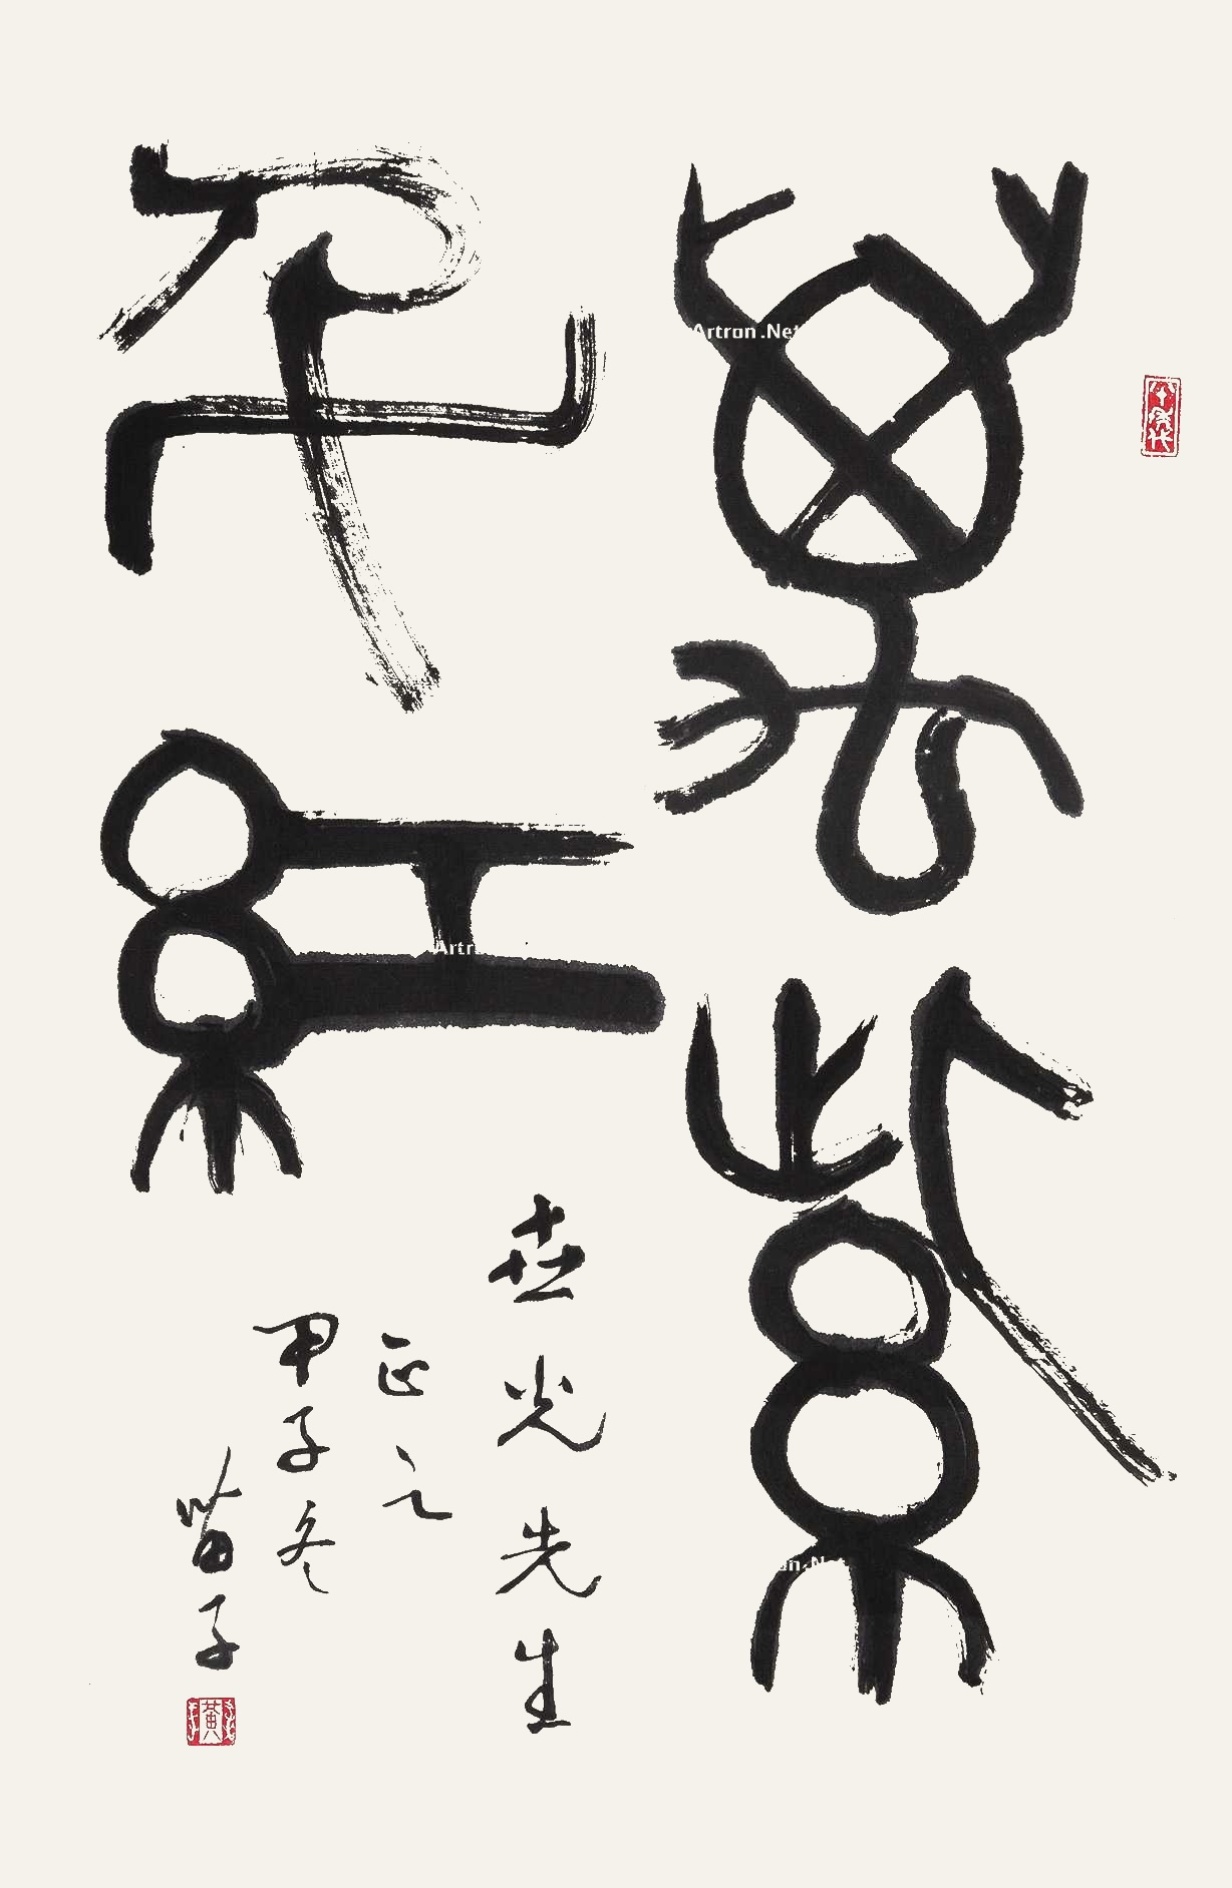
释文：105-118为同一藏家世光先生正之，甲子冬，苗子。